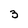
Character: 3